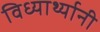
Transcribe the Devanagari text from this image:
विध्यार्थ्यानी